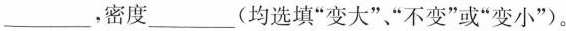
___，密度___(均选填”变大””不变”或”变小”)。